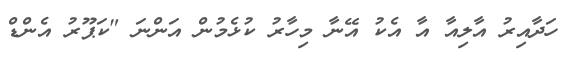
ހަދާއިރު އާލިއާ އާ އެކު އޭނާ މިހާރު ކުޅެމުން އަންނަ "ކަޕޫރު އެންޑް